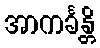
အာကင်္ခန္တိ